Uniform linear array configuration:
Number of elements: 12
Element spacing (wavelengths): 0.25
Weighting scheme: binomial
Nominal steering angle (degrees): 15
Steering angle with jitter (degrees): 15.555
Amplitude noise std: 0.05
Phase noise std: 0.05

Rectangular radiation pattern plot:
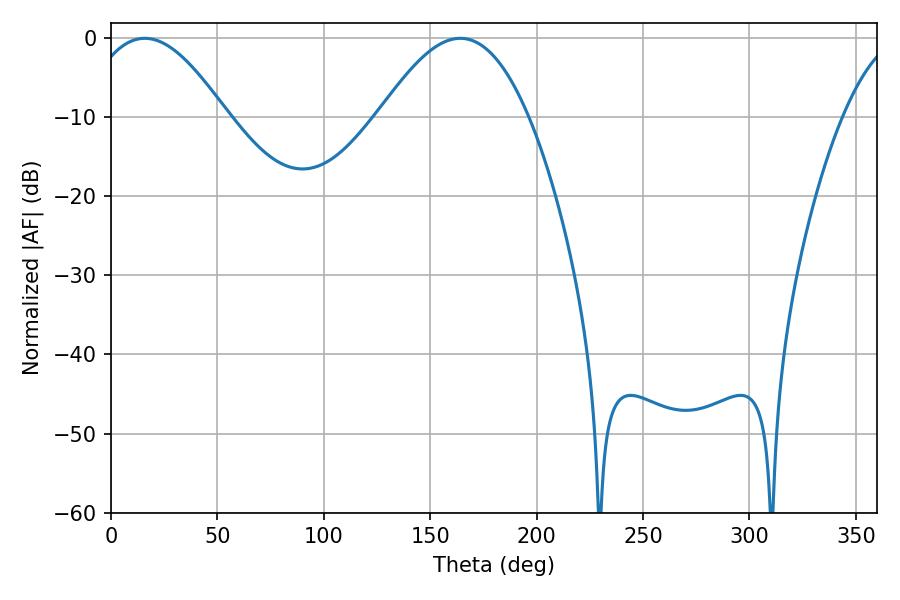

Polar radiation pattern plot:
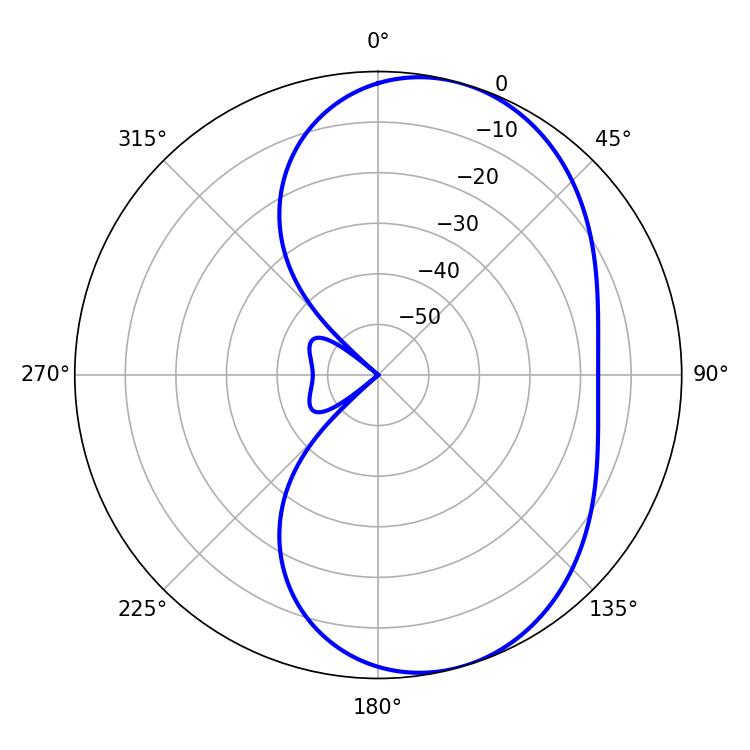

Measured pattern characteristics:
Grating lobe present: FALSE
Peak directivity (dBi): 6.42
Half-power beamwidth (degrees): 36
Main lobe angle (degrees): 15.84